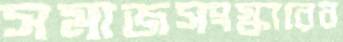
সমাজসংস্কারের